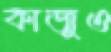
কাজুও